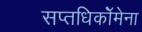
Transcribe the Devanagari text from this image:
सप्तधिकाॅेमेना